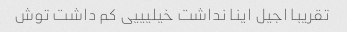
تقریبا اجیل اینا نداشت خیلیییی کم داشت توش